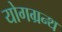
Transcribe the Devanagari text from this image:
योगग्रन्थ